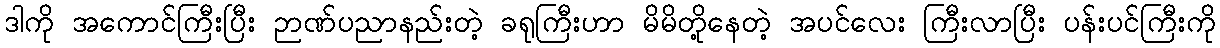
ဒါကို အကောင်ကြီးပြီး ဉာဏ်ပညာနည်းတဲ့ ခရုကြီးဟာ မိမိတို့နေတဲ့ အပင်လေး ကြီးလာပြီး ပန်းပင်ကြီးကို